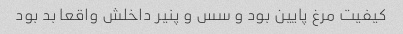
کیفیت مرغ پایین بود و سس و پنیر داخلش واقعا بد بود